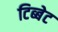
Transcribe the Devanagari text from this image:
टिब्बेट